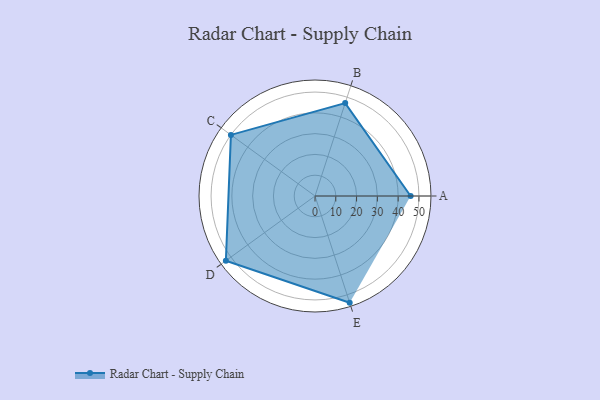
{"axis": {"x": "Skill", "y": "Score"}, "legend": ["Profile"], "data": [{"x": "A", "y": 46.0, "type": "Profile"}, {"x": "B", "y": 47.0, "type": "Profile"}, {"x": "C", "y": 50.0, "type": "Profile"}, {"x": "D", "y": 53.0, "type": "Profile"}, {"x": "E", "y": 54.0, "type": "Profile"}]}